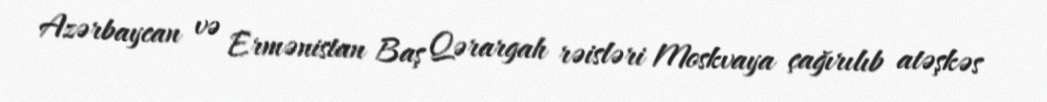
Azərbaycan və Ermənistan Baş Qərargah rəisləri Moskvaya çağırılıb atəşkəs